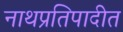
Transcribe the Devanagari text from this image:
नाथप्रतिपादीत